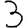
Digit: 3